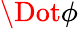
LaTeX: \Dot{\phi}